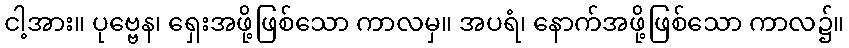
ငါ့အား။ ပုဗ္ဗေန၊ ရှေးအဖို့ဖြစ်သော ကာလမှ။ အပရံ၊ နောက်အဖို့ဖြစ်သော ကာလ၌။